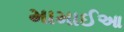
મામાઈઆ